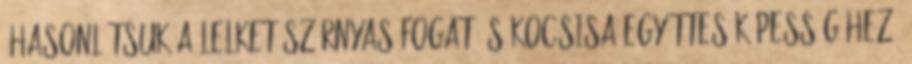
„Hasonlítsuk a lelket szárnyas fogat és kocsisa együttes képességéhez.